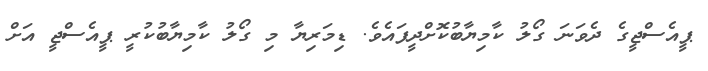
ޕީއެސްޖީގެ ދެވަނަ ގޯލު ކާމިޔާބުކޮށްދީފައެވެ. ޑިމަރިޔާ މި ގޯލު ކާމިޔާބުކުރީ ޕީއެސްޖީ އަށް